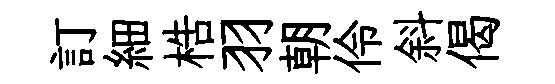
訂細梏羽朝伶斜偈